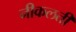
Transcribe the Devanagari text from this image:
नीकलती